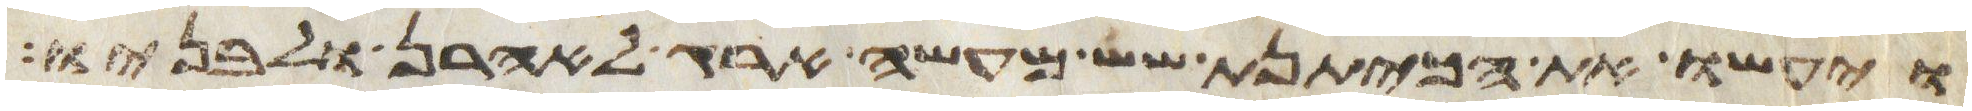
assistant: ויעשו את הכיתנת שש מעשה ארג לאהרן ולבניו